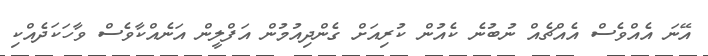
އޭނަ އެއްވެސް އެއްޗެއް ނުބުނެ ކެއުން ކުރިއަށް ގެންދިއުމުން އަފްލީން އަނެއްކާވެސް ވާހަކަދެއްކި